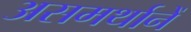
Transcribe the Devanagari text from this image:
असमर्थानें